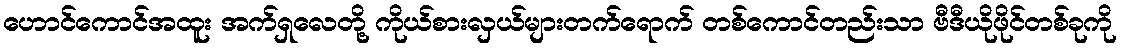
ဟောင်ကောင်အထူး အက်ရှလေတို့ ကိုယ်စားလှယ်များတက်ရောက် တစ်ကောင်တည်းသာ ဗီဒီယိုဖိုင်တစ်ခုကို